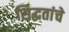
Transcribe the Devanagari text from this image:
सिद्धतांचे